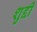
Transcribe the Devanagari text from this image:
शुद्दी